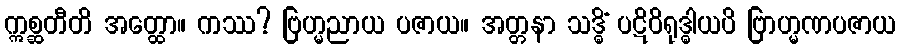
ဣစ္ဆတီတိ အတ္ထော။ ကဿ? ဗြဟ္မညာယ ပဇာယ။ အတ္တနာ သဒ္ဓိံ ပဋိဝိရုဒ္ဓါယပိ ဗြာဟ္မဏပဇာယ